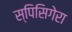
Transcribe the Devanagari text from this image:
स्पिसिगेरा